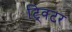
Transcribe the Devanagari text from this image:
ट्विटर